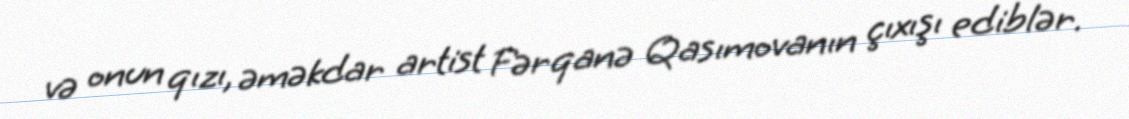
və onun qızı, əməkdar artist Fərqanə Qasımovanın çıxışı ediblər.